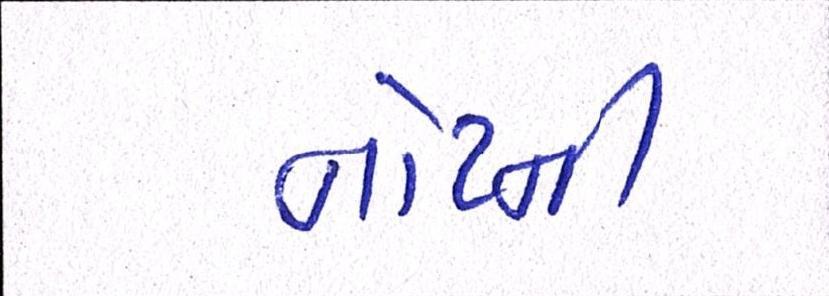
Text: નોટની